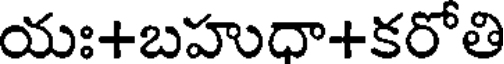
యః+బహుధా+కరోతి